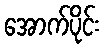
အောက်ပိုင်း